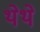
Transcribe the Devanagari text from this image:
थेथे